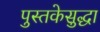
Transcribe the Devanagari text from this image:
पुस्तकेसुद्धा